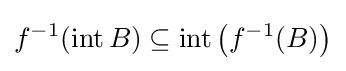
f^{-1}(\operatorname {int} B)\subseteq \operatorname {int} \left(f^{-1}(B)\right)